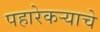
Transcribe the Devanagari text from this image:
पहारेकर्‍याचे